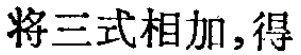
将三式相加, 得